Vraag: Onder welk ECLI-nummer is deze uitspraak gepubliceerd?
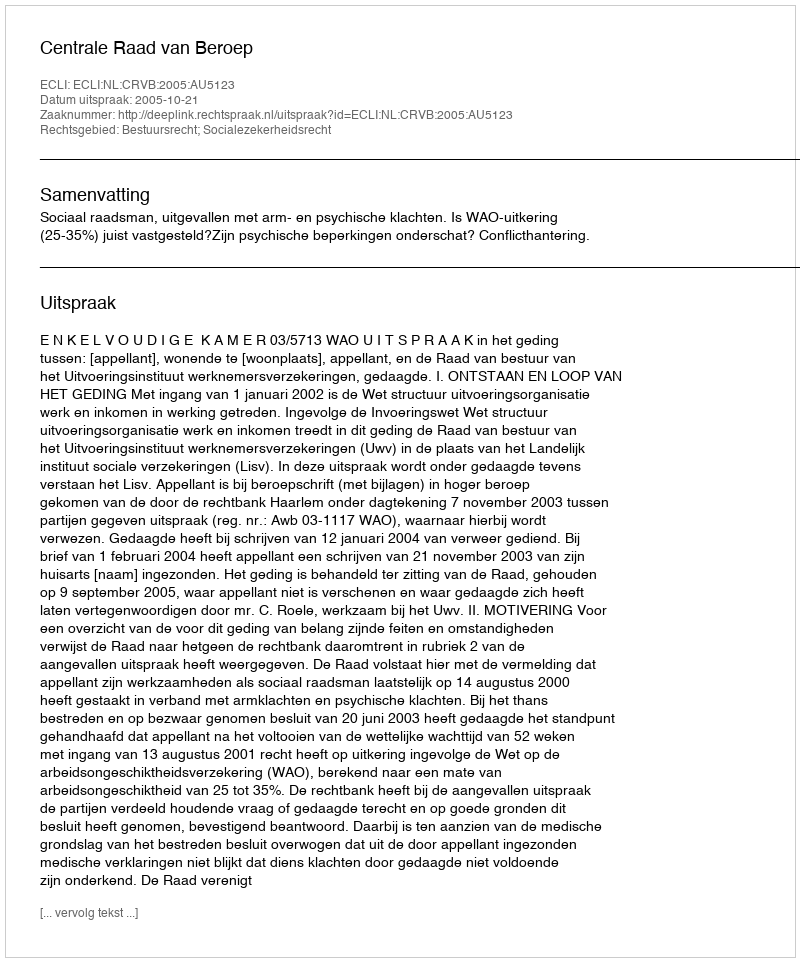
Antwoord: ECLI:NL:CRVB:2005:AU5123